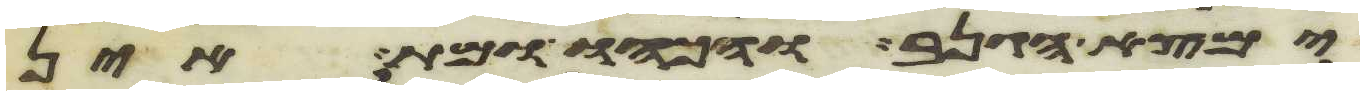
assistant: ימצא הגנב והכהו ומת אין